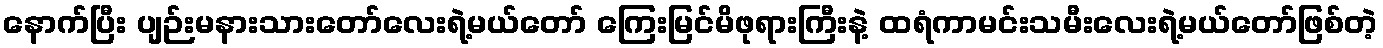
နောက်ပြီး ပျဉ်းမနားသားတော်လေးရဲ့မယ်တော် ကြေးမြင်မိဖုရားကြီးနဲ့ ထရံကာမင်းသမီးလေးရဲ့မယ်တော်ဖြစ်တဲ့